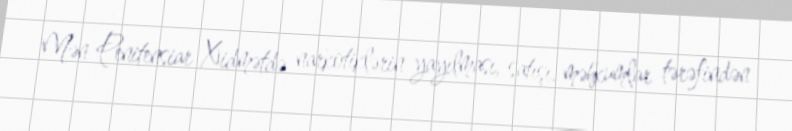
Mən Penitensiar Xidmətdə narkotiklərin yayılması, satışı, məhkumlar tərəfindən